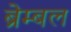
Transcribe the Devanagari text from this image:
ब्रेम्बल